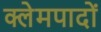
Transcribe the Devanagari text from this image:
क्लेमपादों